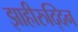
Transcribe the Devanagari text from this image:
झाहीरुद्दिन